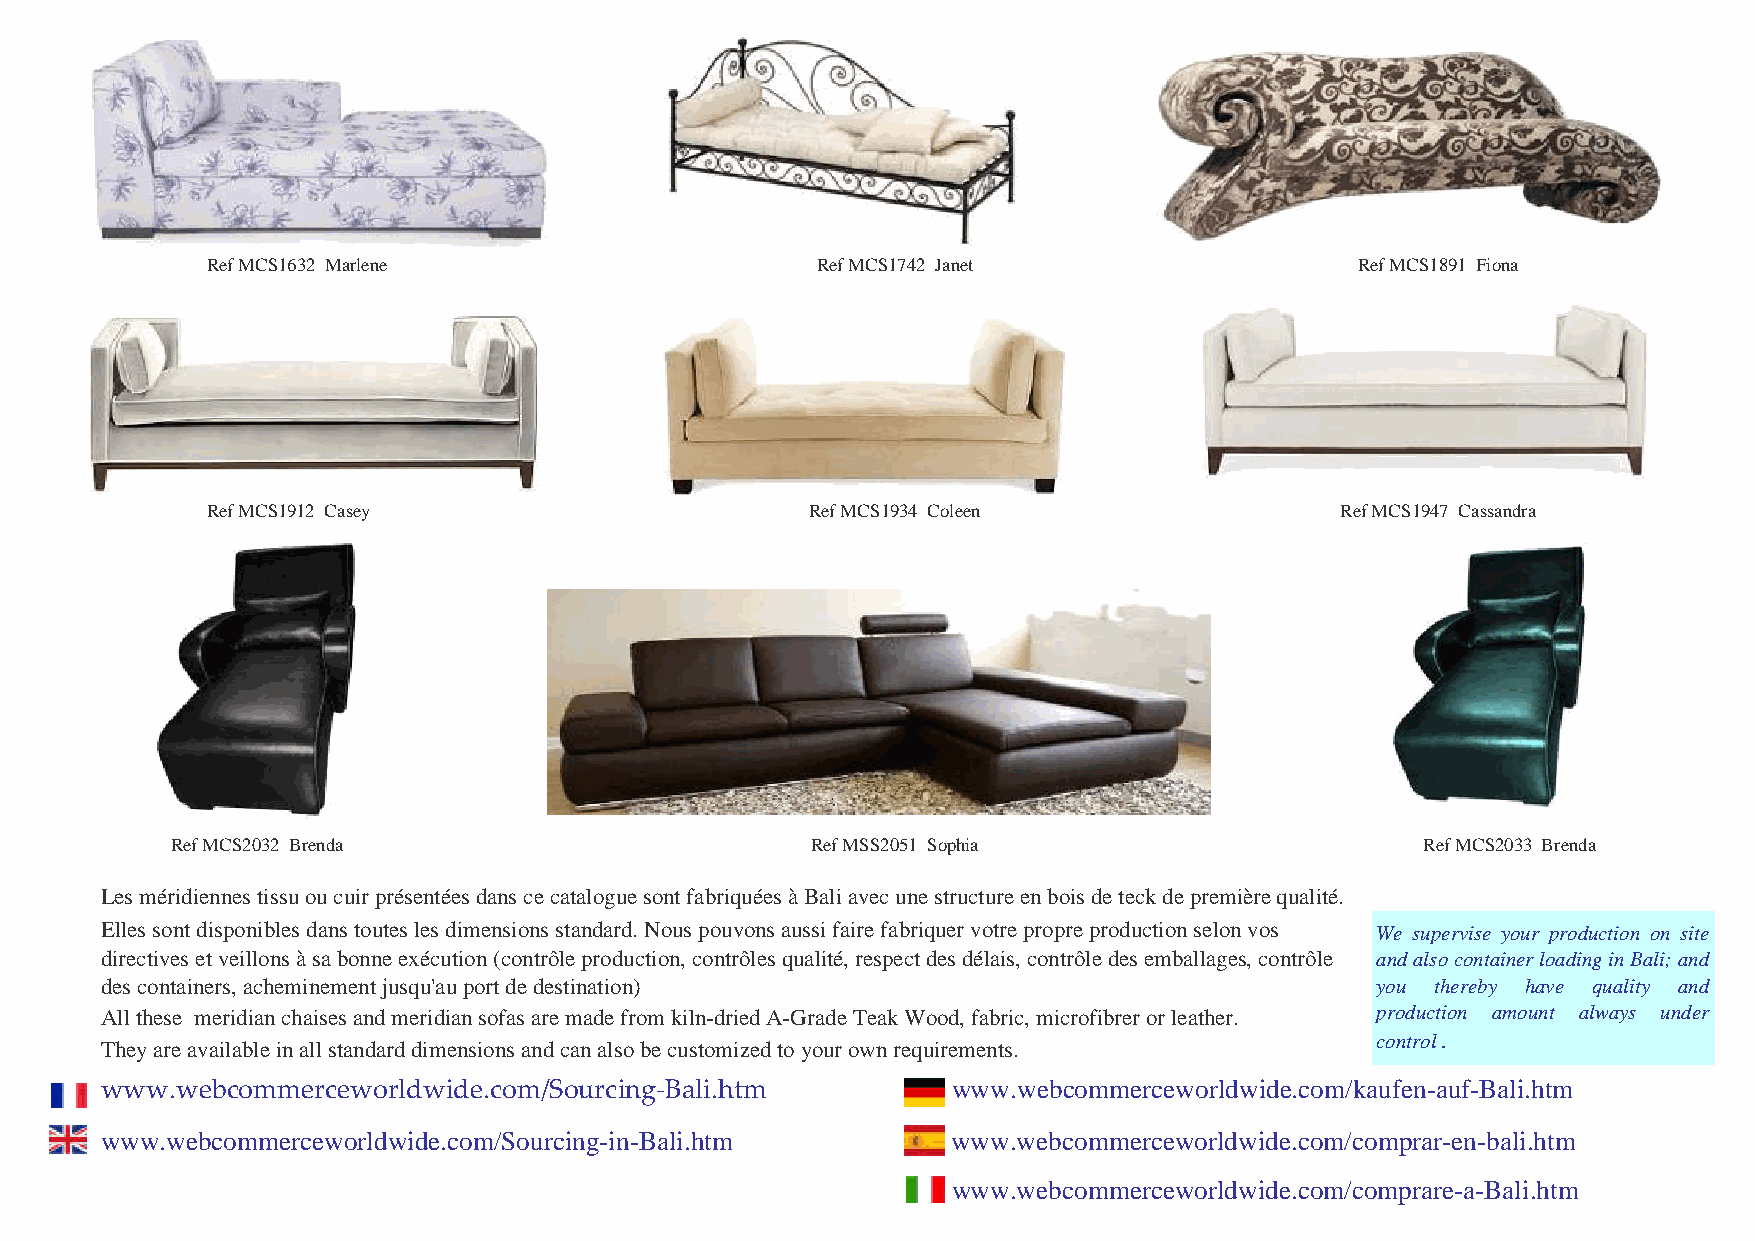
Ref MCS1632 Marlene                     Ref MCS1742 Janet                   Ref MCS1891 Fiona
 Ref MCS1912 Casey                       Ref MCS1934 Coleen                 Ref MCS1947 Cassandra
 Ref MCS2032 Brenda                         Ref MSS2051 Sophia                      Ref MCS2033 Brenda
 Les méridiennes tissu ou cuir présentées dans ce catalogue sont fabriquées à Bali avec une structure en bois de teck de première qualité.
 Elles sont disponibles dans toutes les dimensions standard. Nous pouvons aussi faire fabriquer votre propre production selon vos We supervise your production on site
 directives et veillons à sa bonne exécution (contrôle production, contrôles qualité, respect des délais, contrôle des emballages, contrôle andalsocontainerloadinginBali;and
 des containers, acheminement jusqu'au port de destination)                          you thereby have quality and
 All these meridian chaises and meridian sofas are made from kiln-dried A-Grade Teak Wood, fabric, microfibrer or leather. production amount always under
 control.
 They are available in all standard dimensions and can also be customized to your own requirements.
 www.webcommerceworldwide.com/Sourcing‐Bali.htm          www.webcommerceworldwide.com/kaufen-auf-Bali.htm
 www.webcommerceworldwide.com/Sourcing-in-Bali.htm       www.webcommerceworldwide.com/comprar-en-bali.htm
 www.webcommerceworldwide.com/comprare-a-Bali.htm